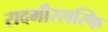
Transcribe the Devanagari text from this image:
रादमीस्लस्कि